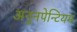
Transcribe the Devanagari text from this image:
अनुनपेन्टियम